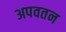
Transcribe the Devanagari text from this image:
अपवतन